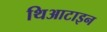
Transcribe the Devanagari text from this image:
थिआटाइन